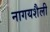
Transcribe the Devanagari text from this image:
नागयशैली